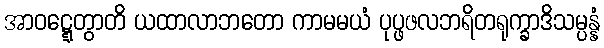
အာဝဋ္ဋေတွာတိ ယထာလာဘတော ကာမမယံ ပုပ္ဖဖလဘရိတရုက္ခာဒိသမ္ပန္နံ